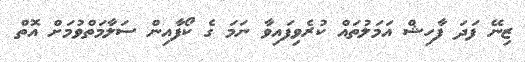
ޒިނޭ ފަދަ ފާހިޝް އަމަލުތައް ކުރެވިފައިވާ ނަމަ ގެ ކޯފާއިން ސަލާމަތްވުމަށް އޮތް